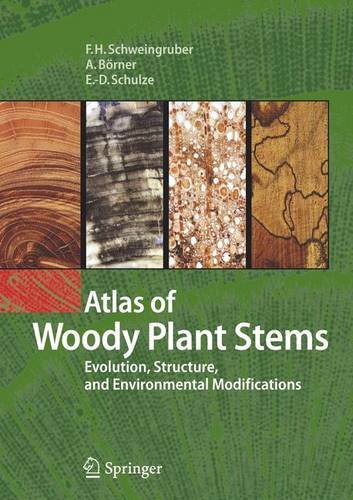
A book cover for Atlas of Woody Plant Stems: Evolution, Structure, and Environmental Modifications; Fritz Hans Schweingruber; Science & Math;